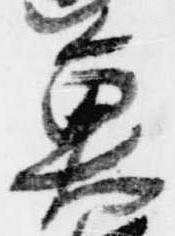
魚